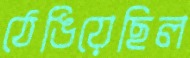
ঠেঙিয়েছিল